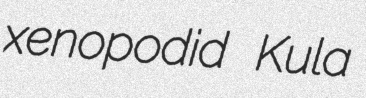
xenopodid Kula